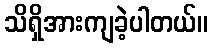
သိရှိအားကျခဲ့ပါတယ်။